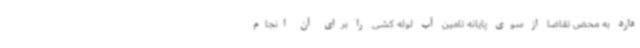
دارد به محض تقاضا از سوی پایانه تامین آب لوله کشی را برای آن انجام